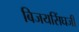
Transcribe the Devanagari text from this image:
बिजयसिंघजी